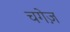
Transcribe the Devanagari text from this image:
चगेज़